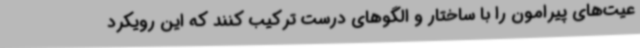
عیت‌های پیرامون را با ساختار و الگوهای درست ترکیب کنند که این رویکرد